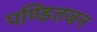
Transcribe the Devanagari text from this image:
पण्डितजन